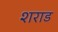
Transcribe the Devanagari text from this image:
शराड